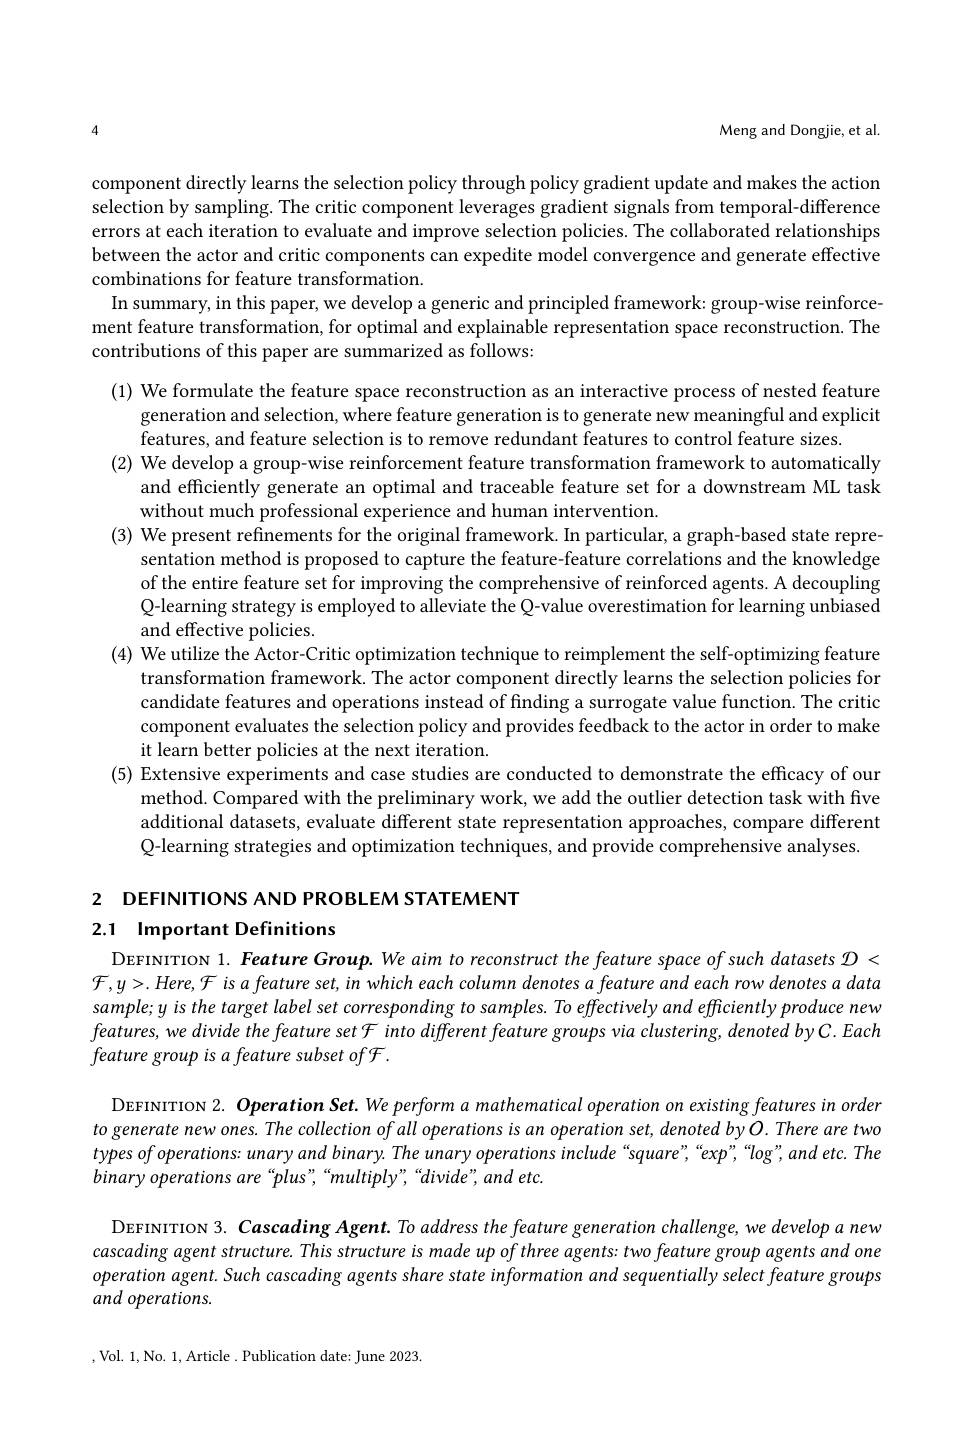
4

Meng and Dongjie, et al.

component directly learns the selection policy through policy gradient update and makes the action selection by sampling. The critic component leverages gradient signals from temporal-difference errors at each iteration to evaluate and improve selection policies. The collaborated relationships between the actor and critic components can expedite model convergence and generate effective combinations for feature transformation
In summary, in this paper, we develop a generic and principled framework: group-wise reinforce ment feature transformation, for optimal and explainable representation space reconstruction. The contributions of this paper are summarized as follows:

(1) We formulate the feature space reconstruction as an interactive process of nested feature
generation and selection, where feature generation is to generate new meaningful and explicit
features, and feature selection is to remove redundant features to control feature sizes
(2) We develop a group-wise reinforcement feature transformation framework to automatically
and efficiently generate an optimal and traceable feature set for a downstream ML task
without much professional experience and human intervention.
(3) We present refinements for the original framework. In particular, a graph-based state repre-
sentation method is proposed to capture the feature-feature correlations and the knowledge of the entire feature set for improving the comprehensive of reinforced agents. A decoupling Q-learning strategy is employed to alleviate the Q-value overestimation for learning unbiased and effective policies.
(4) We utilize the Actor-Critic optimization technique to reimplement the self-optimizing feature
transformation framework. The actor component directly learns the selection policies for candidate features and operations instead of finding a surrogate value function. The critic component evaluates the selection policy and provides feedback to the actor in order to make it learn better policies at the next iteration.
(5) Extensive experiments and case studies are conducted to demonstrate the efficacy of our
method. Compared with the preliminary work, we add the outlier detection task with five additional datasets, evaluate different state representation approaches, compare different Q-learning strategies and optimization techniques, and provide comprehensive analyses.

2 DEFINITIONS AND PROBLEM STATEMENT
## 2.1 Important Definitions

DEFINITION 1. Feature Group. We aim to reconstruct the feature space of such datasets $\mathcal{D}<$ $\mathcal{F},y>.Here,\mathcal{F}$ is a feature set, in which each column denotes a feature and each row denotes a data sample; y is the target label set corresponding to samples. To effectively and efficiently produce new $features,wedividethefeaturesetFintodifferentfeaturegroupsviaclustering,denotedbyC.Each$ feature group is a feature subset ofF.

DEFINITION 2. Operation Set. We perform a mathematical operation on existing features in order to generate new ones. The collection of all operations is an operation set, denoted by O. There are two types of operations: unary and binary. The unary operations include “square”,“exp”,“log”,and etc. The binary operations are“plus”,“multiply”,“divide”,and etc.

DEFINITION 3. Cascading Agent. To address the feature generation challenge, we develop a new cascading agent structure. This structure is made up of three agents: two feature group agents and one operation agent. Such cascading agents share state information and sequentially select feature groups and operations.

,Vol. 1,No. 1,Article . Publication date: June 2023,